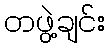
တဖွဲ့ချင်း